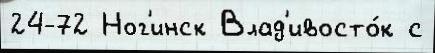
24-72 Ног'инск Влад'ивосто́к с